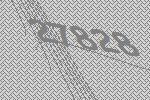
27828